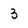
Character: 3